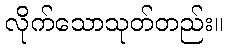
လိုက်သောသုတ်တည်း။